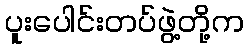
ပူးပေါင်းတပ်ဖွဲ့တို့က